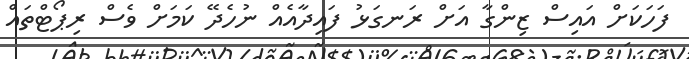
ފަހަކަށް އައިސް ޒިންގާ އަށް ރަނގަޅު ފައިދާއެއް ނުހެދޭ ކަމަށް ވެސް ރިޕޯޓްތައް